65_HS1-834228961_62-HQ-83894_Section_5
Agency: FBI
Page 23
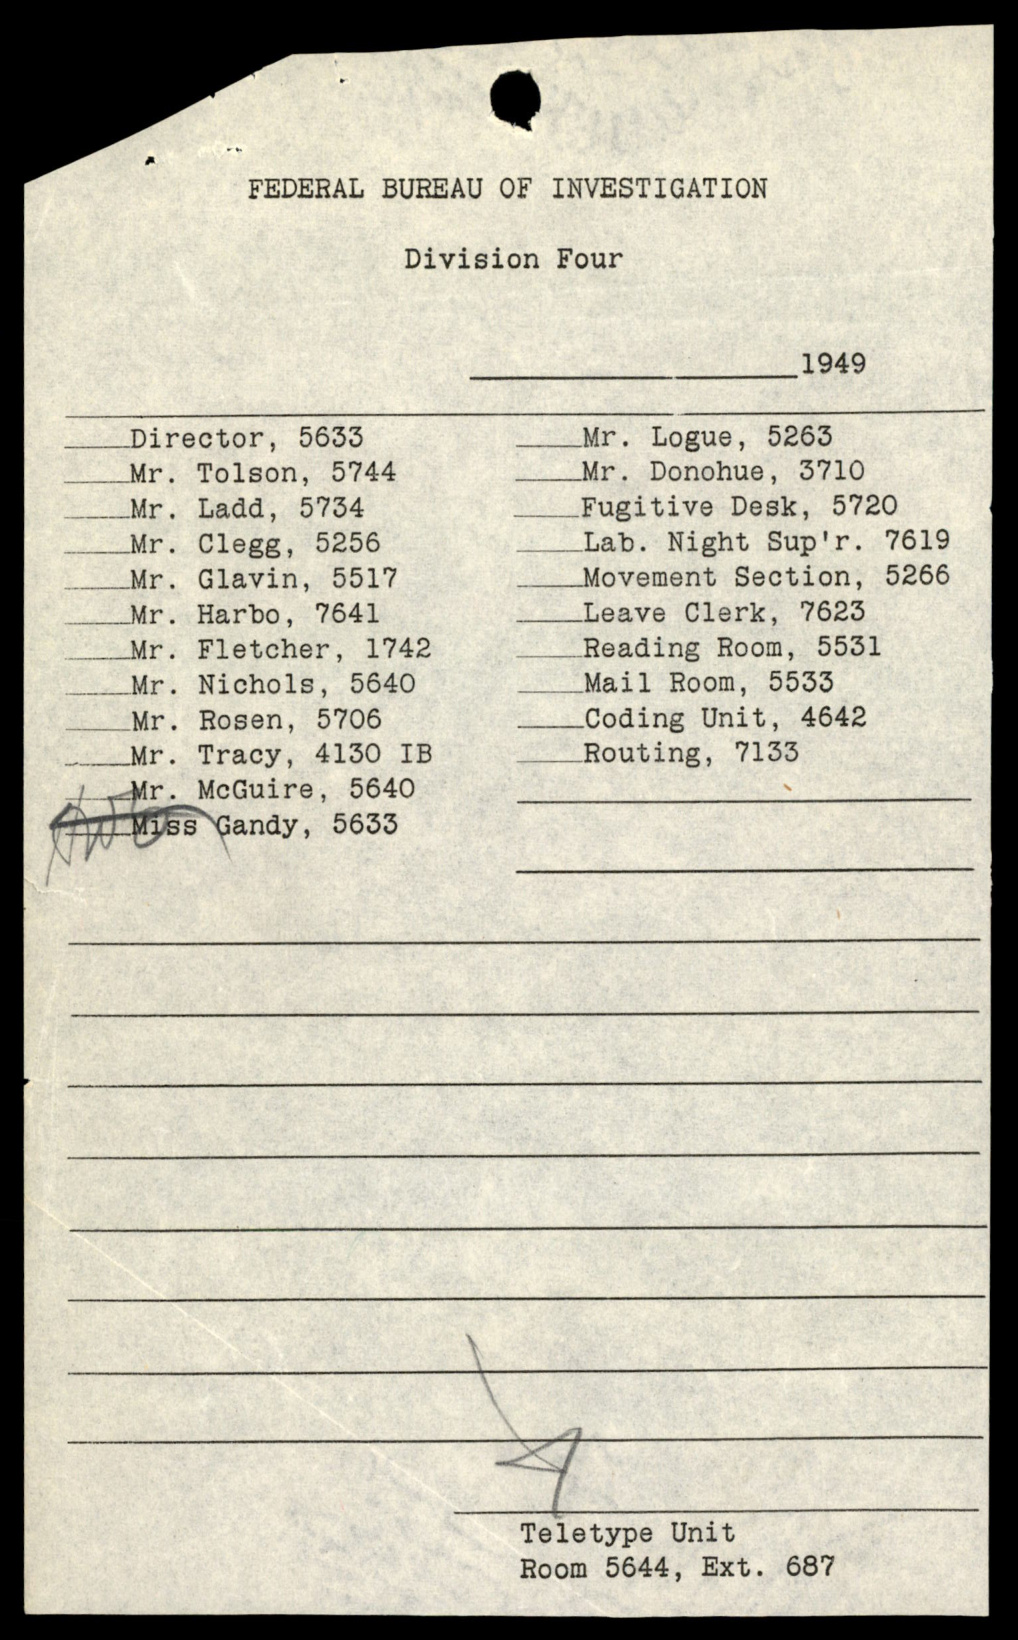